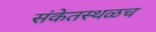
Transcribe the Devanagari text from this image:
संकेतस्थळच